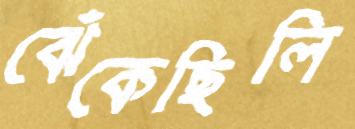
ঝেঁকেছিলি